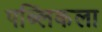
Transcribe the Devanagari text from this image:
पब्लिकला